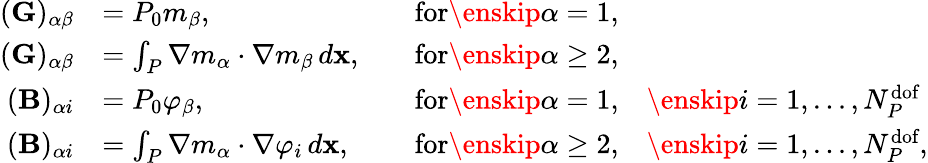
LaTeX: \begin{array}{rlrl}{(\mathbf{G})_{\alpha\beta}}&{=P_{0}m_{\beta},\quad}&{\textrm{for}\enskip\alpha=1,}&{}\\ {(\mathbf{G})_{\alpha\beta}}&{=\int_{{P}}\nabla m_{\alpha}\cdot\nabla m_{\beta}\, d\mathbf{x},\quad}&{\textrm{for}\enskip\alpha\geq 2,}&{}\\ {(\mathbf{B})_{\alpha i}}&{=P_{0}\varphi_{\beta},\quad}&{\textrm{for}\enskip\alpha=1,}&{\enskip i=1,...,N_{{P}}^{\textrm{dof}}}\\ {(\mathbf{B})_{\alpha i}}&{=\int_{{P}}\nabla m_{\alpha}\cdot\nabla\varphi_{i}\, d\mathbf{x},\quad}&{\textrm{for}\enskip\alpha\geq 2,}&{\enskip i=1,...,N_{{P}}^{\textrm{dof}},}\end{array}